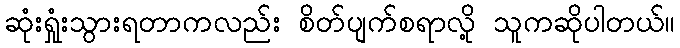
ဆုံးရှုံးသွားရတာကလည်း စိတ်ပျက်စရာလို့ သူကဆိုပါတယ်။